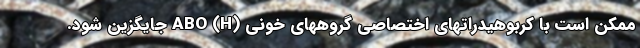
ممکن است با کربوهیدراتهای اختصاصی گروههای خونی (ABO (H جایگزین شود.